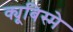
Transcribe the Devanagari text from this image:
क्यूबिस्मे